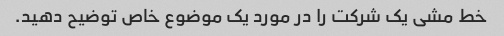
خط مشی یک شرکت را در مورد یک موضوع خاص توضیح دهید.